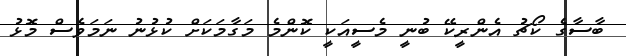
ބާސާގެ ކޯޗު އެންރީކޭ ބުނީ މެސީއަކީ ކޮންމެ މަގާމަކަށް ކުޅުނު ނަމަވެސް މޮޅު